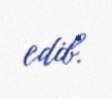
edib.